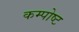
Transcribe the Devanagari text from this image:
कम्पोष्ट